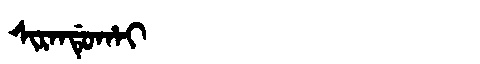
Manchu: ᠰᡳᡵᠠᠨᡩᡠᡥᠠᡳ
Romanization: SIRANDUHAI